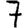
Digit: 7